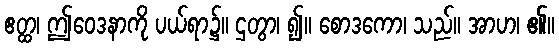
ဧတ္ထ၊ ဤဝေဒနာကို ပယ်ရာ၌။ ဌတွာ၊ ၍။ စောဒကော၊ သည်။ အာဟ၊ ၏။